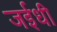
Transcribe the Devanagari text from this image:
जईधी